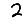
Digit: 2